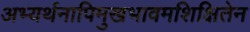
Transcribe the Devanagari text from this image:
अभ्यर्थनापिमुखभावमशिक्षितेन